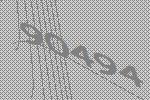
90494